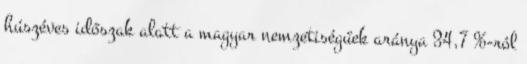
húszéves időszak alatt a magyar nemzetiségűek aránya 34,7 %-ról